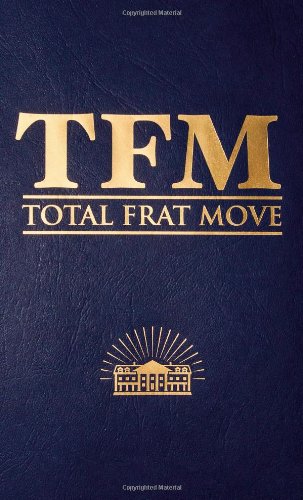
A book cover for Total Frat Move; W. R. Bolen; Education & Teaching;